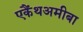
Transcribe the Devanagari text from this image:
एकैंथअमीबा